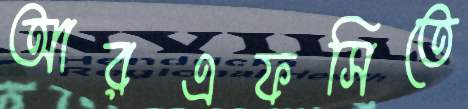
আরএফসিতে